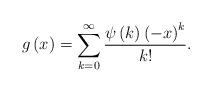
LaTeX: \begin{align*}g\left( x \right) = \sum\limits_{k = 0}^\infty {\frac{{\psi \left( k \right){{\left( { - x} \right)}^k}}}{{k!}}}. \end{align*}